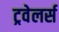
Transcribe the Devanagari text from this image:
ट्रवेलर्स